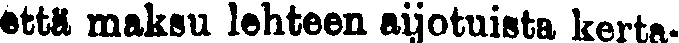
että maksu lehteen aijotuista kerta-